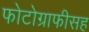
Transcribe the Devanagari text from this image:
फोटोग्राफीसह